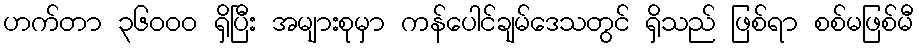
ဟက်တာ ၃၆၀၀၀ ရှိပြီး အများစုမှာ ကန်ပေါင်ချမ်ဒေသတွင် ရှိသည် ဖြစ်ရာ စစ်မဖြစ်မီ